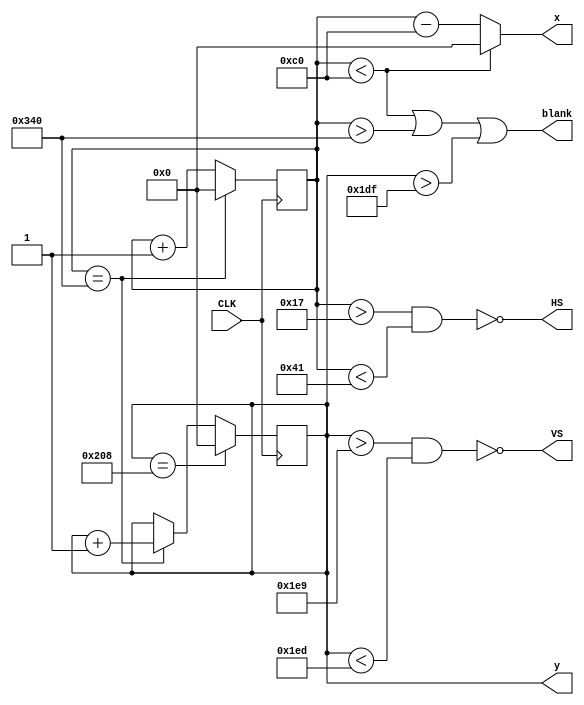
// This program was cloned from: https://github.com/simonmonk/prog_fpgas
// License: MIT License

module vga(
    input CLK,  // Papilio 32MHz
    output HS, VS,
    output [9:0] x,
    output reg [9:0] y,
    output blank
    );

reg [9:0] xc;
 
// Horizontal 640 + fp 24 + HS 40 + bp 128 = 832 pixel clocks
// Vertical, 480 + fp 9 lines vs 3 lines bp 28 lines 
assign blank = ((xc < 192) | (xc > 832) | (y > 479));
assign HS = ~ ((xc > 23) & (xc < 65));
assign VS = ~ ((y > 489) & (y < 493));
assign x = ((xc < 192)?0:(xc - 192));

always @(posedge CLK)
begin
  if (xc == 832)
  begin
    xc <= 0;
    y <= y + 1;
  end
  else begin
    xc <= xc + 1;
  end
  if (y == 520)
  begin
    y <= 0; 
  end
end

endmodule